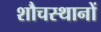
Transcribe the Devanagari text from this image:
शौचस्थानों